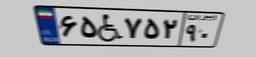
۶۵W۷۵۲۹۰